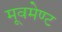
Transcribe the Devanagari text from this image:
मूवमेण्ट